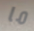
ما